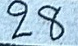
28